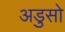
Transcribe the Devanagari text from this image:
अडुसो